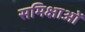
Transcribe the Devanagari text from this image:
समिक्षाओं